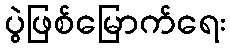
ပွဲဖြစ်မြောက်ရေး